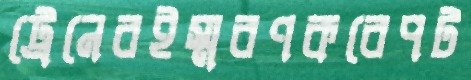
ট্রেনেরইস্মরণকরেপট